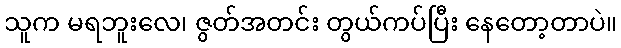
သူက မရဘူးလေ၊ ဇွတ်အတင်း တွယ်ကပ်ပြီး နေတော့တာပဲ။